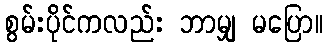
စွမ်းပိုင်ကလည်း ဘာမျှ မပြော။